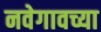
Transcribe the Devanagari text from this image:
नवेगावच्या